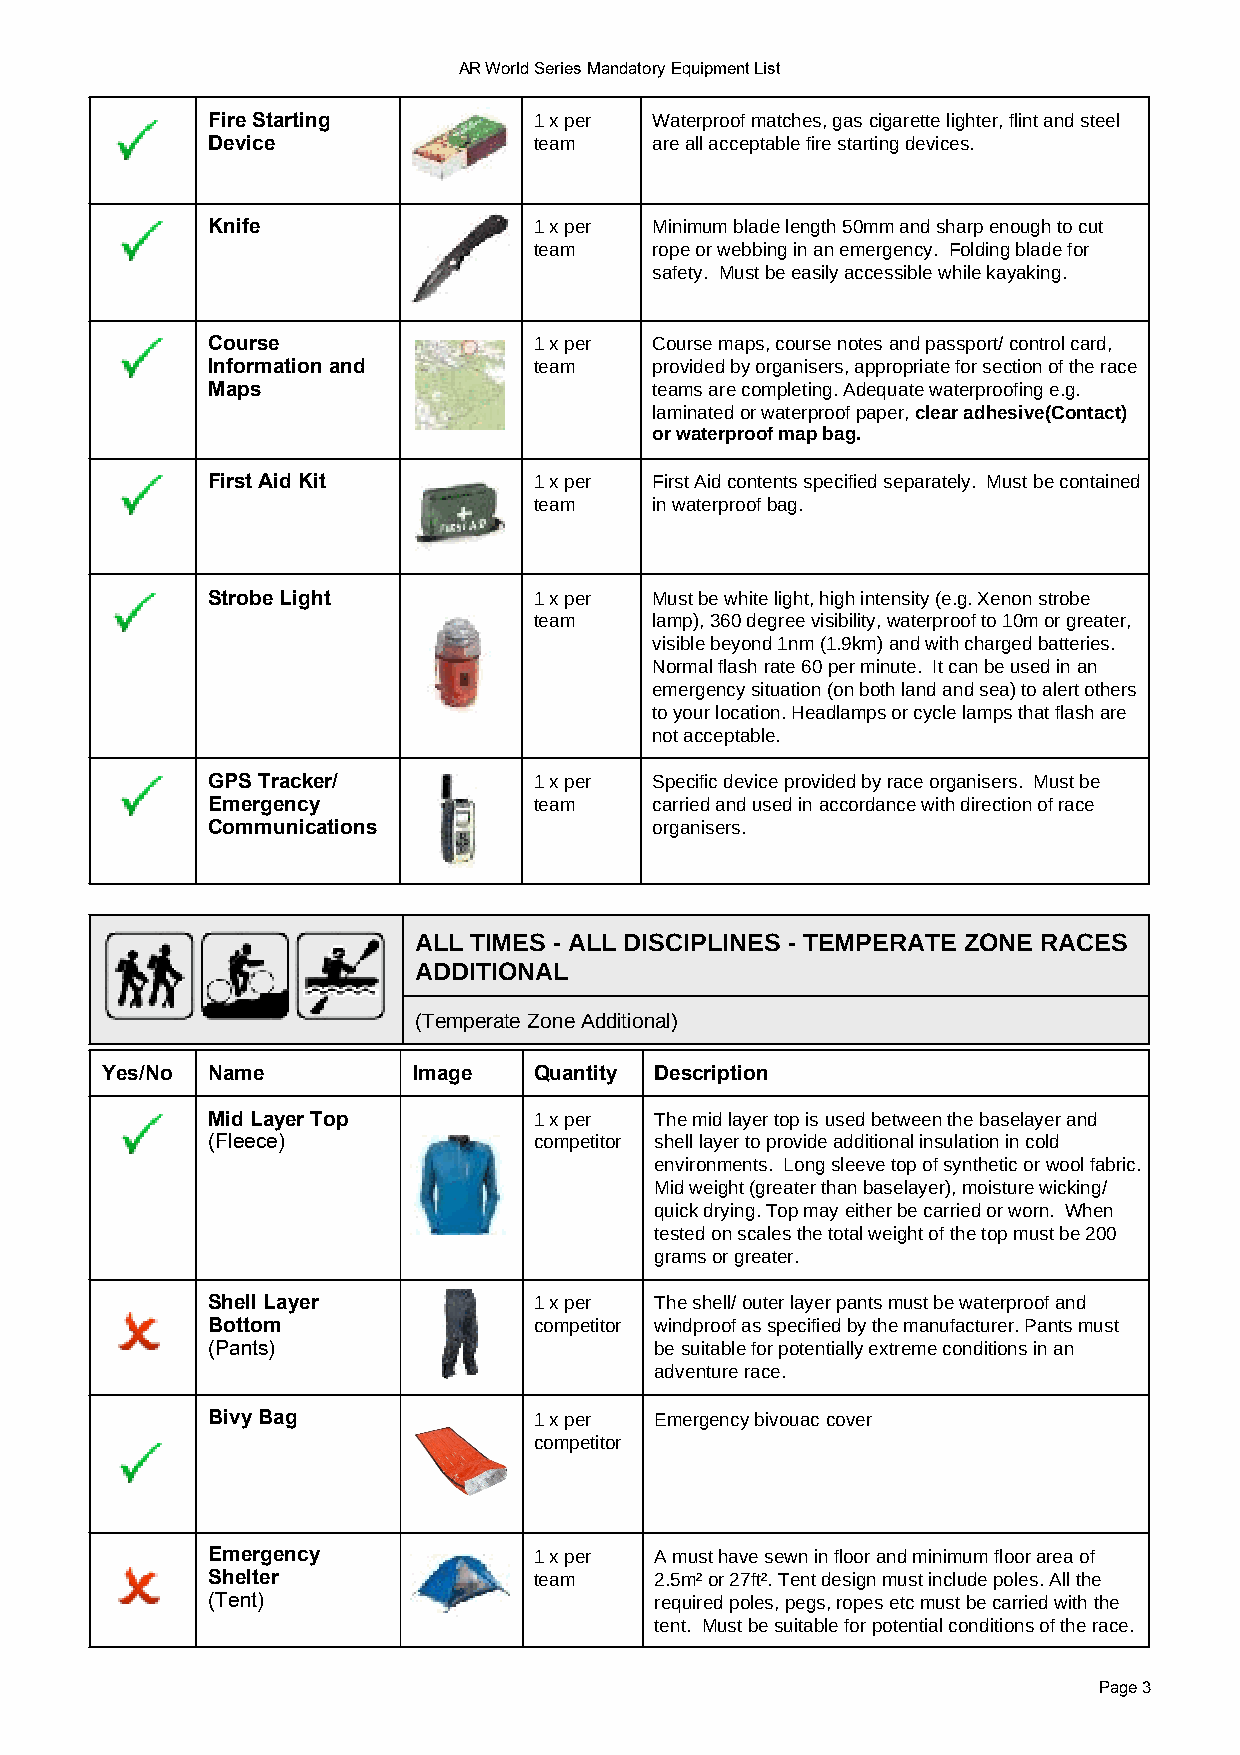
AR World Series Mandatory Equipment List
 Fire Starting        1 x per Waterproof matches, gas cigarette lighter, flint and steel
 Device               team    are all acceptable fire starting devices.
 Knife                1 x per Minimum blade length 50mm and sharp enough to cut
 team    rope or webbing in an emergency. Folding blade for
 safety. Must be easily accessible while kayaking.
 Course               1 x per Course maps, course notes and passport/ control card,
 Information and      team    provided by organisers, appropriate for section of the race
 Maps                         teams are completing. Adequate waterproofing e.g.
 laminated or waterproof paper, clear adhesive(Contact)
 or waterproof map bag.
 First Aid Kit        1 x per First Aid contents specified separately. Must be contained
 team    in waterproof bag.
 Strobe Light         1 x per Must be white light, high intensity (e.g. Xenon strobe
 team    lamp), 360 degree visibility, waterproof to 10m or greater,
 visible beyond 1nm (1.9km) and with charged batteries.
 Normal flash rate 60 per minute. It can be used in an
 emergency situation (on both land and sea) to alert others
 to your location. Headlamps or cycle lamps that flash are
 not acceptable.
 GPS Tracker/         1 x per Specific device provided by race organisers. Must be
 Emergency            team    carried and used in accordance with direction of race
 Communications               organisers.
 ALL TIMES - ALL DISCIPLINES - TEMPERATE ZONE RACES
 ADDITIONAL
 (Temperate Zone Additional)
 Yes/No Name         Image   Quantity Description
 Mid Layer Top        1 x per The mid layer top is used between the baselayer and
 (Fleece)             competitor shell layer to provide additional insulation in cold
 environments. Long sleeve top of synthetic or wool fabric.
 Mid weight (greater than baselayer), moisture wicking/
 quick drying. Top may either be carried or worn. When
 tested on scales the total weight of the top must be 200
 grams or greater.
 Shell Layer          1 x per The shell/ outer layer pants must be waterproof and
 Bottom               competitor windproof as specified by the manufacturer. Pants must
 (Pants)                      be suitable for potentially extreme conditions in an
 !             adventure race.
 Bivy Bag             1 x per Emergency bivouac cover
 competitor
 !
 Emergency            1 x per A must have sewn in floor and minimum floor area of
 Shelter              team    2.5m² or 27ft². Tent design must include poles. All the
 (Tent)                       required poles, pegs, ropes etc must be carried with the
 tent. Must be suitable for potential conditions of the race.
 Page3